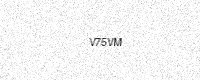
Text: V75VM